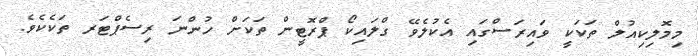
މިމޮލިކިއުލް ތަކަކީ ވައިރަސްގައި އެކުލެވޭ ގްލައިކޯ ޕްރޮޓީން ތަކަށް ހުންނަ ރިސެޕްޓަރ ތަކެކެވެ.